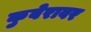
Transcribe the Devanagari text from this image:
कुबेरावर